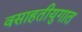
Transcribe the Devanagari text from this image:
वसाहतीयुगात